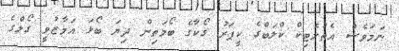
ނަމަވެސް އެތުލެޓިކް ކްލަބްގެ ކީޕަރު ގޯކާގެ ބޯމަތިން ދިޔަ ބޯޅަ އަމާޒުވީ ގޯލްގެ